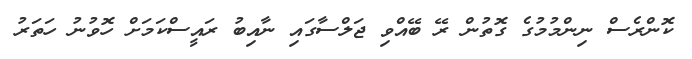
ކޮންރެސް ނިންމުމުގެ ގޮތުން ރޭ ބޭއްވި ޖަލްސާގައި ނާއިބު ރައީސްކަމަށް ހޮވުނު ހަތަރު